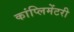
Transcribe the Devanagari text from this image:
कांप्लिमेंटरी